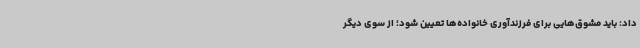
داد: باید مشوق‌هایی برای فرزندآوری خانواده‌ها تعیین شود؛ از سوی دیگر